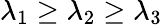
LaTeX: \lambda_{1}\ge\lambda_{2}\ge\lambda_{3}